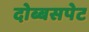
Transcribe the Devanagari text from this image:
दोब्बसपेट